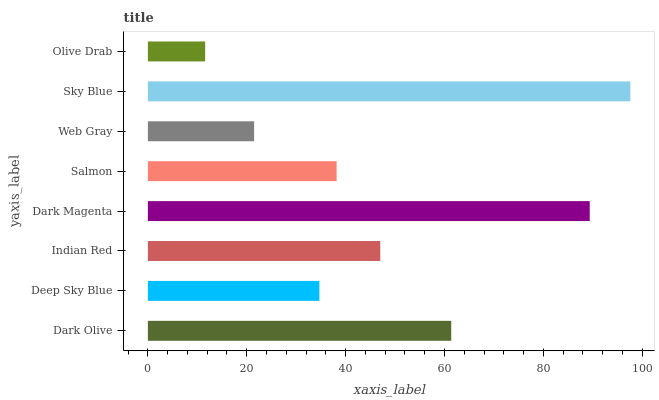
| yaxis_label | bars |
 | --- | --- |
 | Dark Olive | 61.4 |
 | Deep Sky Blue | 34.7 |
 | Indian Red | 47 |
 | Dark Magenta | 89.4 |
 | Salmon | 38.2 |
 | Web Gray | 21.5 |
 | Sky Blue | 97.6 |
 | Olive Drab | 11.6 |